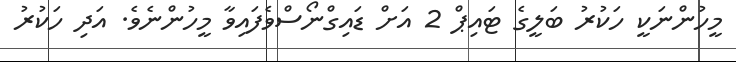
މީހުންނަކީ ހަކުރު ބަލީގެ ޓައިޕް 2 އަށް ޑައިގްނޯސްވެފައިވާ މީހުންނެވެ. އަދި ހަކުރު